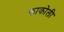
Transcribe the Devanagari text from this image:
काकोली